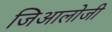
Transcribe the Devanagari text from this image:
जिआलोजी